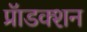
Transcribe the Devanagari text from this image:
प्रॅाडक्शन